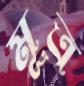
মূত্র